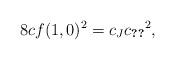
LaTeX: \begin{align*}8c f(1,0)^2=c_J {c_{\ref{normal-vector-lem}}}^2,\end{align*}